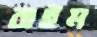
রাইম